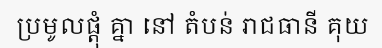
ប្រមូលផ្តុំ គ្នា នៅ តំបន់ រាជធានី គុយ